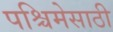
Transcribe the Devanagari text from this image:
पश्चिमेसाठी